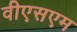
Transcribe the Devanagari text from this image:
वीएसएम